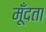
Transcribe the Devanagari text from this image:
मूँदता